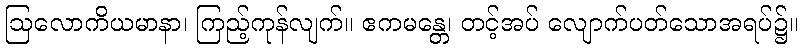
ဩလောကိယမာနာ၊ ကြည့်ကုန်လျက်။ ဧကမန္တေ၊ တင့်အပ် လျောက်ပတ်သောအရပ်၌။